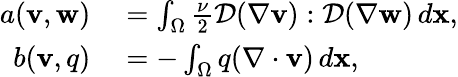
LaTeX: \begin{array}{rl}{a({\mathbf v},{\mathbf w})}&{{}=\int_{\Omega}\frac{\nu}{2}\mathcal{D}(\nabla{\mathbf v}):\mathcal{D}(\nabla{\mathbf w})\, d{\mathbf x},}\\ {b({\mathbf v},q)}&{{}=-\int_{\Omega}q(\nabla\cdot{\mathbf v})\, d{\mathbf x},}\end{array}